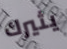
يثيرك